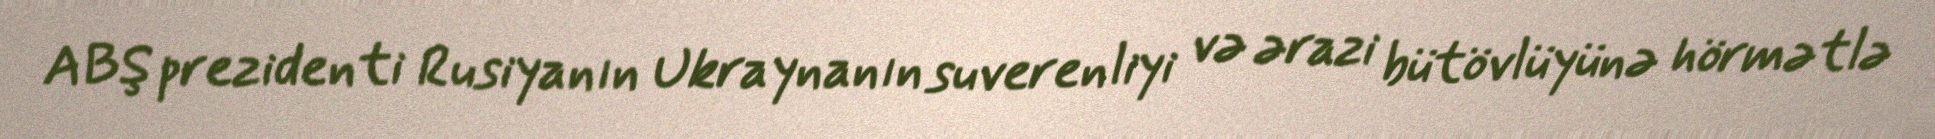
ABŞ prezidenti Rusiyanın Ukraynanın suverenliyi və ərazi bütövlüyünə hörmətlə